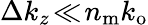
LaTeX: \Delta k_{z}\! \ll\! n_{\mathrm{m}}k_{\mathrm{o}}